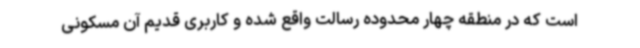
است که در منطقه چهار محدوده رسالت واقع شده و کاربری قدیم آن مسکونی